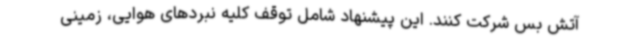
آتش بس شرکت کنند. این پیشنهاد شامل توقف کلیه نبردهای هوایی، زمینی